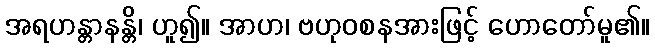
အရဟန္တာနန္တိ၊ ဟူ၍။ အာဟ၊ ဗဟုဝစနအားဖြင့် ဟောတော်မူ၏။